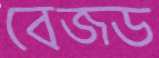
বেজ্ড